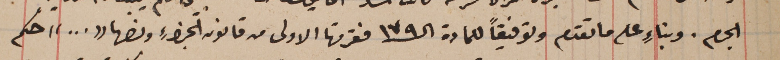
الجرم. وبناءٍ على ما تقدم وتوفيقاً للمادة الـ١٧٩ فقرتها الاولى من قانون الجزاءِ ونصها "..." حكم